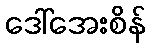
ဒေါ်အေးစိန်